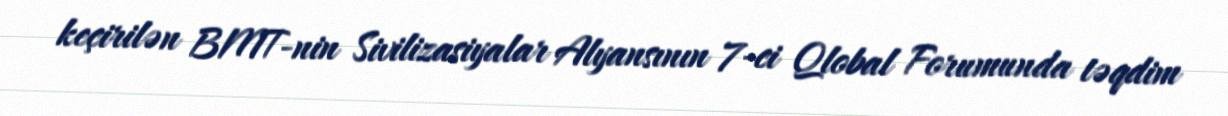
keçirilən BMT-nin Sivilizasiyalar Alyansının 7-ci Qlobal Forumunda təqdim